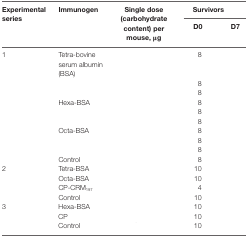
<table><thead><tr><td rowspan="2"><b>Experimental series</b></td><td rowspan="2"><b>Immunogen</b></td><td rowspan="2"><b>Single dose (carbohydrate content) per mouse, μg</b></td><td colspan="2"><b>Survivors</b></td></tr><tr><td><b>D0</b></td><td><b>D7</b></td></tr></thead><tbody><tr><td>1</td><td>Tetra-bovine serum albumin (BSA)</td><td>[EMPTY_CELL]</td><td>8</td><td>[EMPTY_CELL]</td></tr><tr><td>[EMPTY_CELL]</td><td>[EMPTY_CELL]</td><td>[EMPTY_CELL]</td><td>8</td><td>[EMPTY_CELL]</td></tr><tr><td>[EMPTY_CELL]</td><td>[EMPTY_CELL]</td><td>[EMPTY_CELL]</td><td>8</td><td>[EMPTY_CELL]</td></tr><tr><td>[EMPTY_CELL]</td><td>Hexa-BSA</td><td>[EMPTY_CELL]</td><td>8</td><td>[EMPTY_CELL]</td></tr><tr><td>[EMPTY_CELL]</td><td>[EMPTY_CELL]</td><td>[EMPTY_CELL]</td><td>8</td><td>[EMPTY_CELL]</td></tr><tr><td>[EMPTY_CELL]</td><td>[EMPTY_CELL]</td><td>[EMPTY_CELL]</td><td>8</td><td>[EMPTY_CELL]</td></tr><tr><td>[EMPTY_CELL]</td><td>Octa-BSA</td><td>[EMPTY_CELL]</td><td>8</td><td>[EMPTY_CELL]</td></tr><tr><td>[EMPTY_CELL]</td><td>[EMPTY_CELL]</td><td>[EMPTY_CELL]</td><td>8</td><td>[EMPTY_CELL]</td></tr><tr><td>[EMPTY_CELL]</td><td>[EMPTY_CELL]</td><td>[EMPTY_CELL]</td><td>8</td><td>[EMPTY_CELL]</td></tr><tr><td>[EMPTY_CELL]</td><td>Control</td><td>[EMPTY_CELL]</td><td>8</td><td>[EMPTY_CELL]</td></tr><tr><td>2</td><td>Tetra-BSA</td><td>[EMPTY_CELL]</td><td>10</td><td>[EMPTY_CELL]</td></tr><tr><td>[EMPTY_CELL]</td><td>Octa-BSA</td><td>[EMPTY_CELL]</td><td>10</td><td>[EMPTY_CELL]</td></tr><tr><td>[EMPTY_CELL]</td><td>CP-CRM<sub>197</sub></td><td>[EMPTY_CELL]</td><td>4</td><td>[EMPTY_CELL]</td></tr><tr><td>[EMPTY_CELL]</td><td>Control</td><td>[EMPTY_CELL]</td><td>10</td><td>[EMPTY_CELL]</td></tr><tr><td>3</td><td>Hexa-BSA</td><td>[EMPTY_CELL]</td><td>10</td><td>[EMPTY_CELL]</td></tr><tr><td>[EMPTY_CELL]</td><td>CP</td><td>[EMPTY_CELL]</td><td>10</td><td>[EMPTY_CELL]</td></tr><tr><td>[EMPTY_CELL]</td><td>Control</td><td>[EMPTY_CELL]</td><td>10</td><td>[EMPTY_CELL]</td></tr></tbody></table>